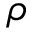
\rho